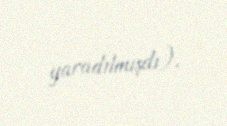
yaradılmışdı).